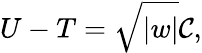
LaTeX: U-T=\sqrt{|w|}{\mathcal{C}},